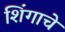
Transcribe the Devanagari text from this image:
शिंगाचे